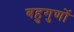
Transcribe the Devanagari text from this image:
बहुगुणों